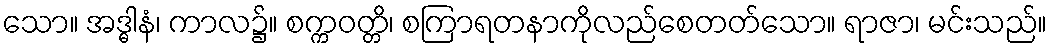
သော။ အဒ္ဓါနံ၊ ကာလ၌။ စက္ကဝတ္တိ၊ စကြာရတနာကိုလည်စေတတ်သော။ ရာဇာ၊ မင်းသည်။